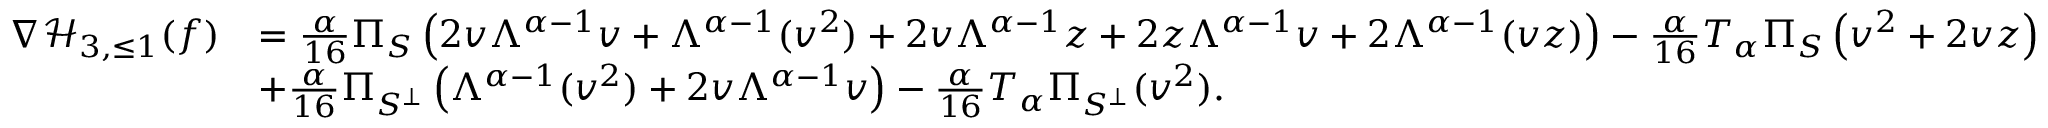
\begin{array} { r l } { \nabla \mathcal { H } _ { 3 , \le 1 } ( f ) } & { = \frac { \alpha } { 1 6 } \Pi _ { S } \left( 2 v \Lambda ^ { \alpha - 1 } v + \Lambda ^ { \alpha - 1 } ( v ^ { 2 } ) + 2 v \Lambda ^ { \alpha - 1 } z + 2 z \Lambda ^ { \alpha - 1 } v + 2 \Lambda ^ { \alpha - 1 } ( v z ) \right) - \frac { \alpha } { 1 6 } T _ { \alpha } \Pi _ { S } \left( v ^ { 2 } + 2 v z \right) } \\ & { + \frac { \alpha } { 1 6 } \Pi _ { S ^ { \perp } } \left( \Lambda ^ { \alpha - 1 } ( v ^ { 2 } ) + 2 v \Lambda ^ { \alpha - 1 } v \right) - \frac { \alpha } { 1 6 } T _ { \alpha } \Pi _ { S ^ { \perp } } ( v ^ { 2 } ) . } \end{array}